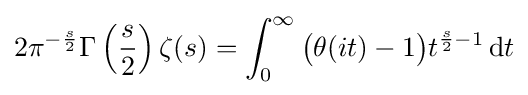
2\pi ^{-{\frac {s}{2}}}\Gamma \left({\frac {s}{2}}\right)\zeta (s)=\int _{0}^{\infty }{\bigl (}\theta (it)-1{\bigr )}t^{{\frac {s}{2}}-1}\,\mathrm {d} t